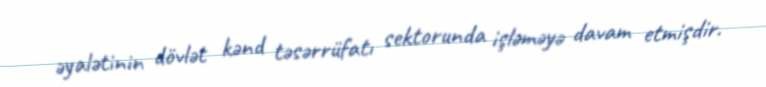
əyalətinin dövlət kənd təsərrüfatı sektorunda işləməyə davam etmişdir.